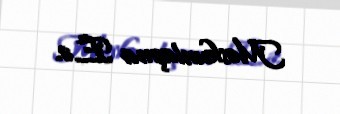
Məskunlaşma E.ə.